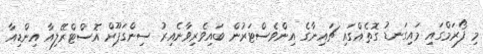
މި ފޯރަމްގައި މައިގަނޑު ގޮތެއްގައި ޗައިނާގެ އިންވެސްޓަރުން ބައިވެރިވާނެއިރު ސިންގަޕޫރް އޮސްޓްރޭލިއާ އިންޑިއާ